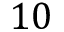
1 0